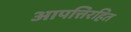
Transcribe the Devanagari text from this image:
आपत्तिरहित